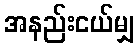
အနည်းငယ်မျှ